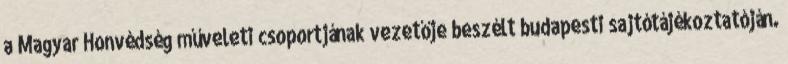
a Magyar Honvédség műveleti csoportjának vezetője beszélt budapesti sajtótájékoztatóján.